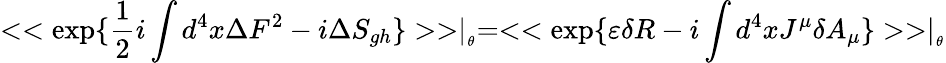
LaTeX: <<\exp\{ \frac{1}{2}i\int d^{4}x\Delta F^{2}-i\Delta S_{gh}\} >>\mid_{_{\theta}}=<<\exp\{ \varepsilon\delta R-i\int d^{4}xJ^{\mu}\delta A_{\mu}\} >>\mid_{_{\theta}}